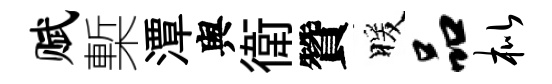
赋槧潭舆衛贊暖品枇